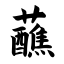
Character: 蘸